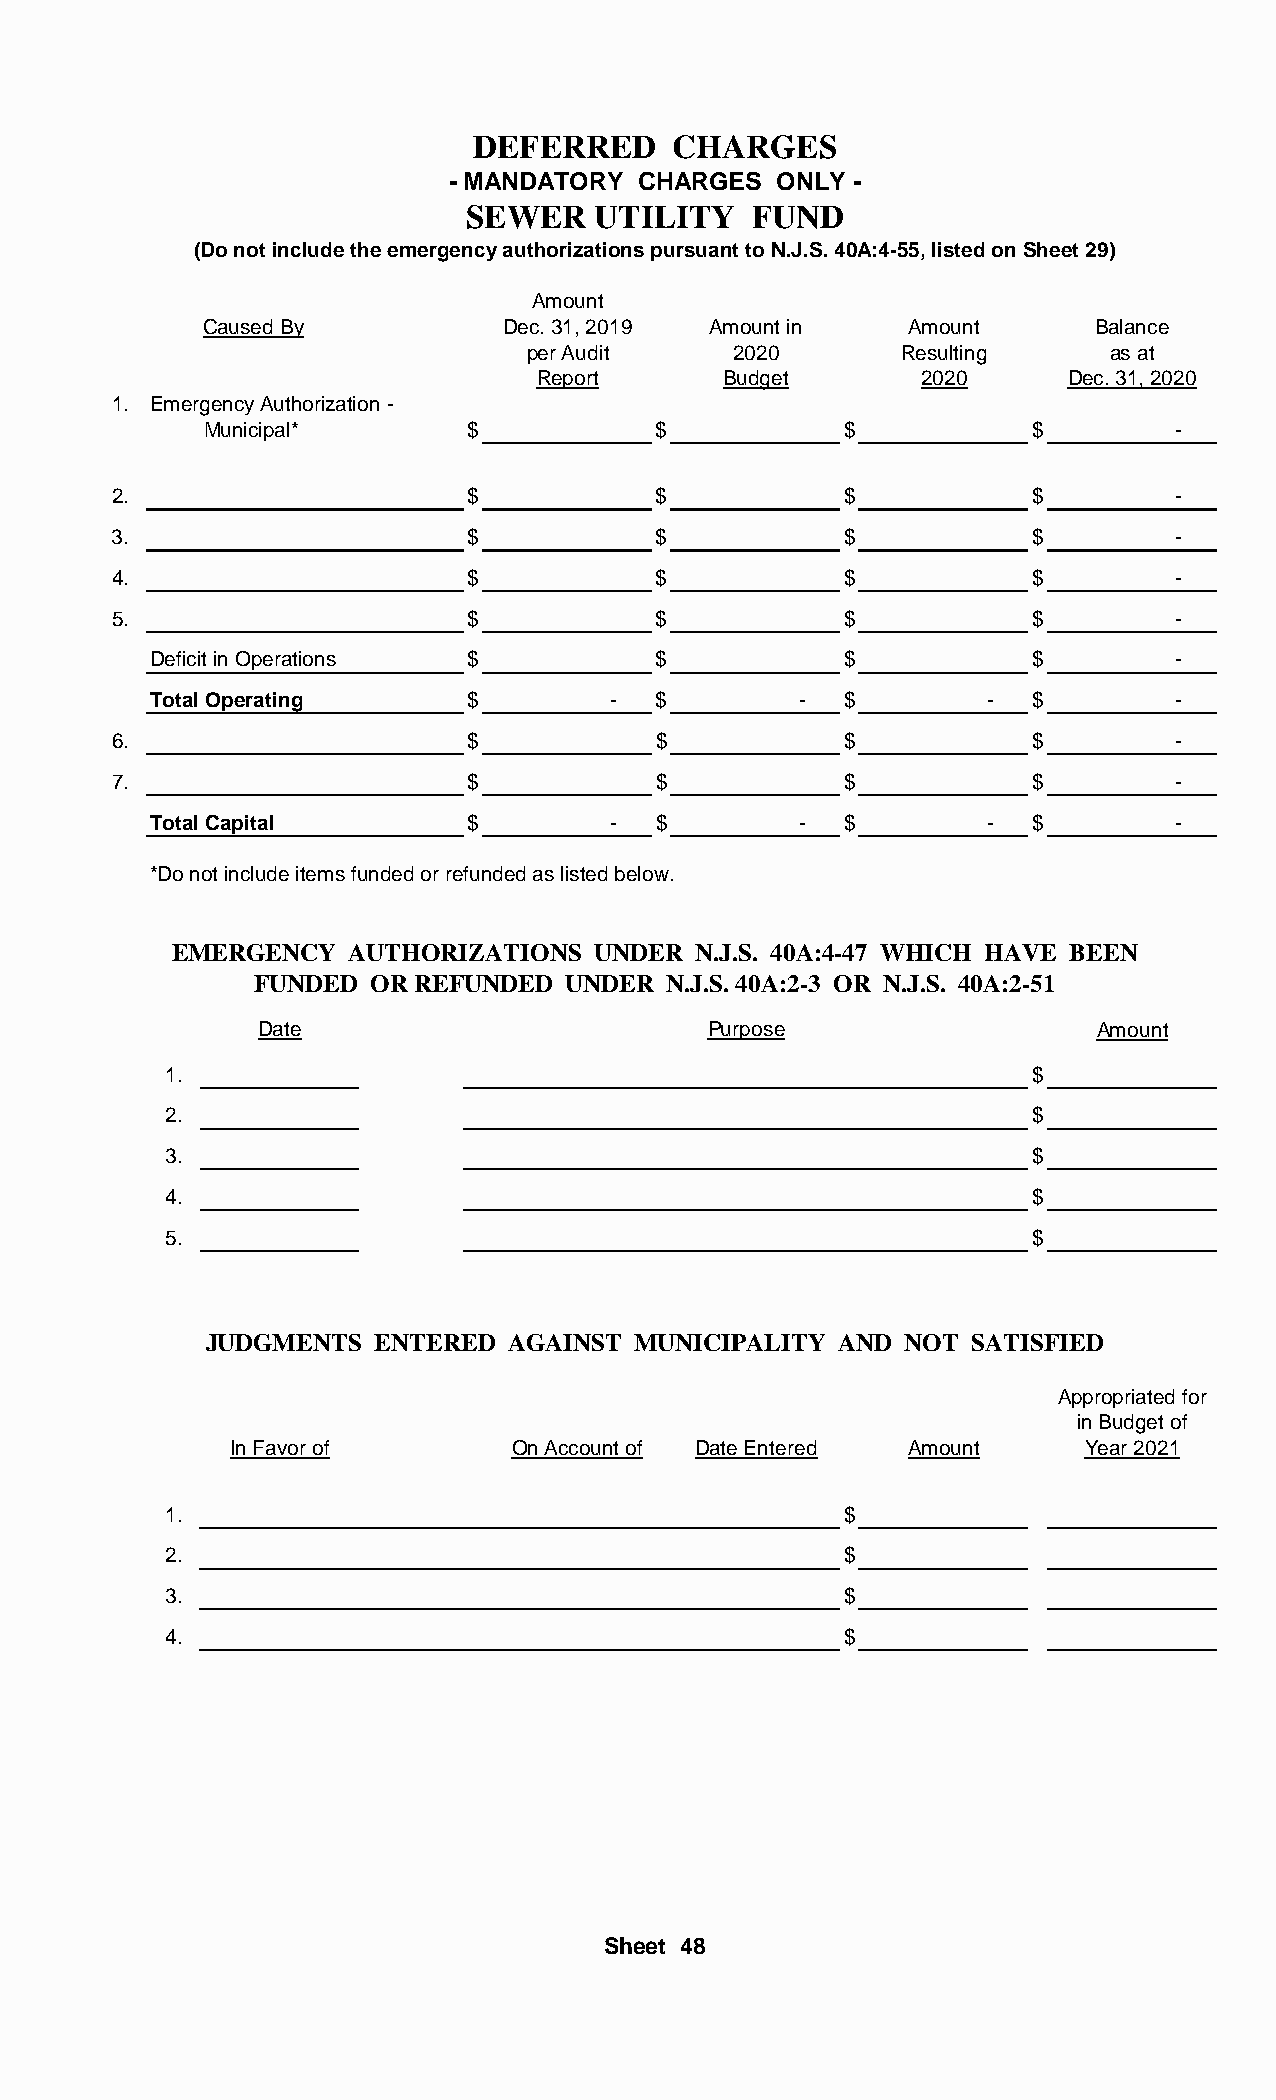
DEFERRED     CHARGES
 - MANDATORY  CHARGES  ONLY -
 SEWER    UTILITY   FUND
 (Do not include the emergency authorizations pursuant to N.J.S. 40A:4-55, listed on Sheet 29)
 Amount
 Caused By           Dec. 31, 2019 Amount in    Amount      Balance
 per Audit     2020       Resulting     as at
 Report      Budget        2020     Dec. 31, 2020
 1. Emergency Authorization -
 Municipal*        $           $           $            $        -
 2.                      $           $           $            $        -
 3.                      $           $           $            $        -
 4.                      $           $           $            $        -
 5.                      $           $           $            $        -
 Deficit in Operations $          $           $            $        -
 Total Operating      $        -  $        -  $         -  $        -
 6.                      $           $           $            $        -
 7.                      $           $           $            $        -
 Total Capital        $        -  $        -  $         -  $        -
 *Do not include items funded or refunded as listed below.
 EMERGENCY   AUTHORIZATIONS  UNDER  N.J.S. 40A:4-47 WHICH HAVE BEEN
 FUNDED  OR REFUNDED  UNDER  N.J.S. 40A:2-3 OR N.J.S. 40A:2-51
 Date                         Purpose                   Amount
 1.                                                       $
 2.                                                       $
 3.                                                       $
 4.                                                       $
 5.                                                       $
 JUDGMENTS  ENTERED  AGAINST  MUNICIPALITY AND  NOT SATISFIED
 Appropriated for
 in Budget of
 In Favor of       On Account of Date Entered Amount     Year 2021
 1.                                          $
 2.                                          $
 3.                                          $
 4.                                          $
 Sheet 48